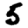
Digit: 5